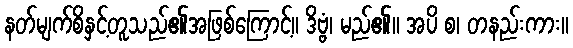
နတ်မျက်စိနှင့်တူသည်၏အဖြစ်ကြောင့်။ ဒိဗ္ဗံ၊ မည်၏။ အပိ စ၊ တနည်းကား။